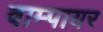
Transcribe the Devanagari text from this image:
वाम्पायर